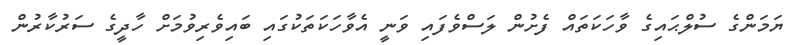
ޔަމަންގެ ސުލްޙައިގެ ވާހަކަތައް ފެށުން ލަސްވެފައި ވަނީ އެވާހަކަތަކުގައި ބައިވެރިވުމަށް ހާދީގެ ސަރުކާރުން